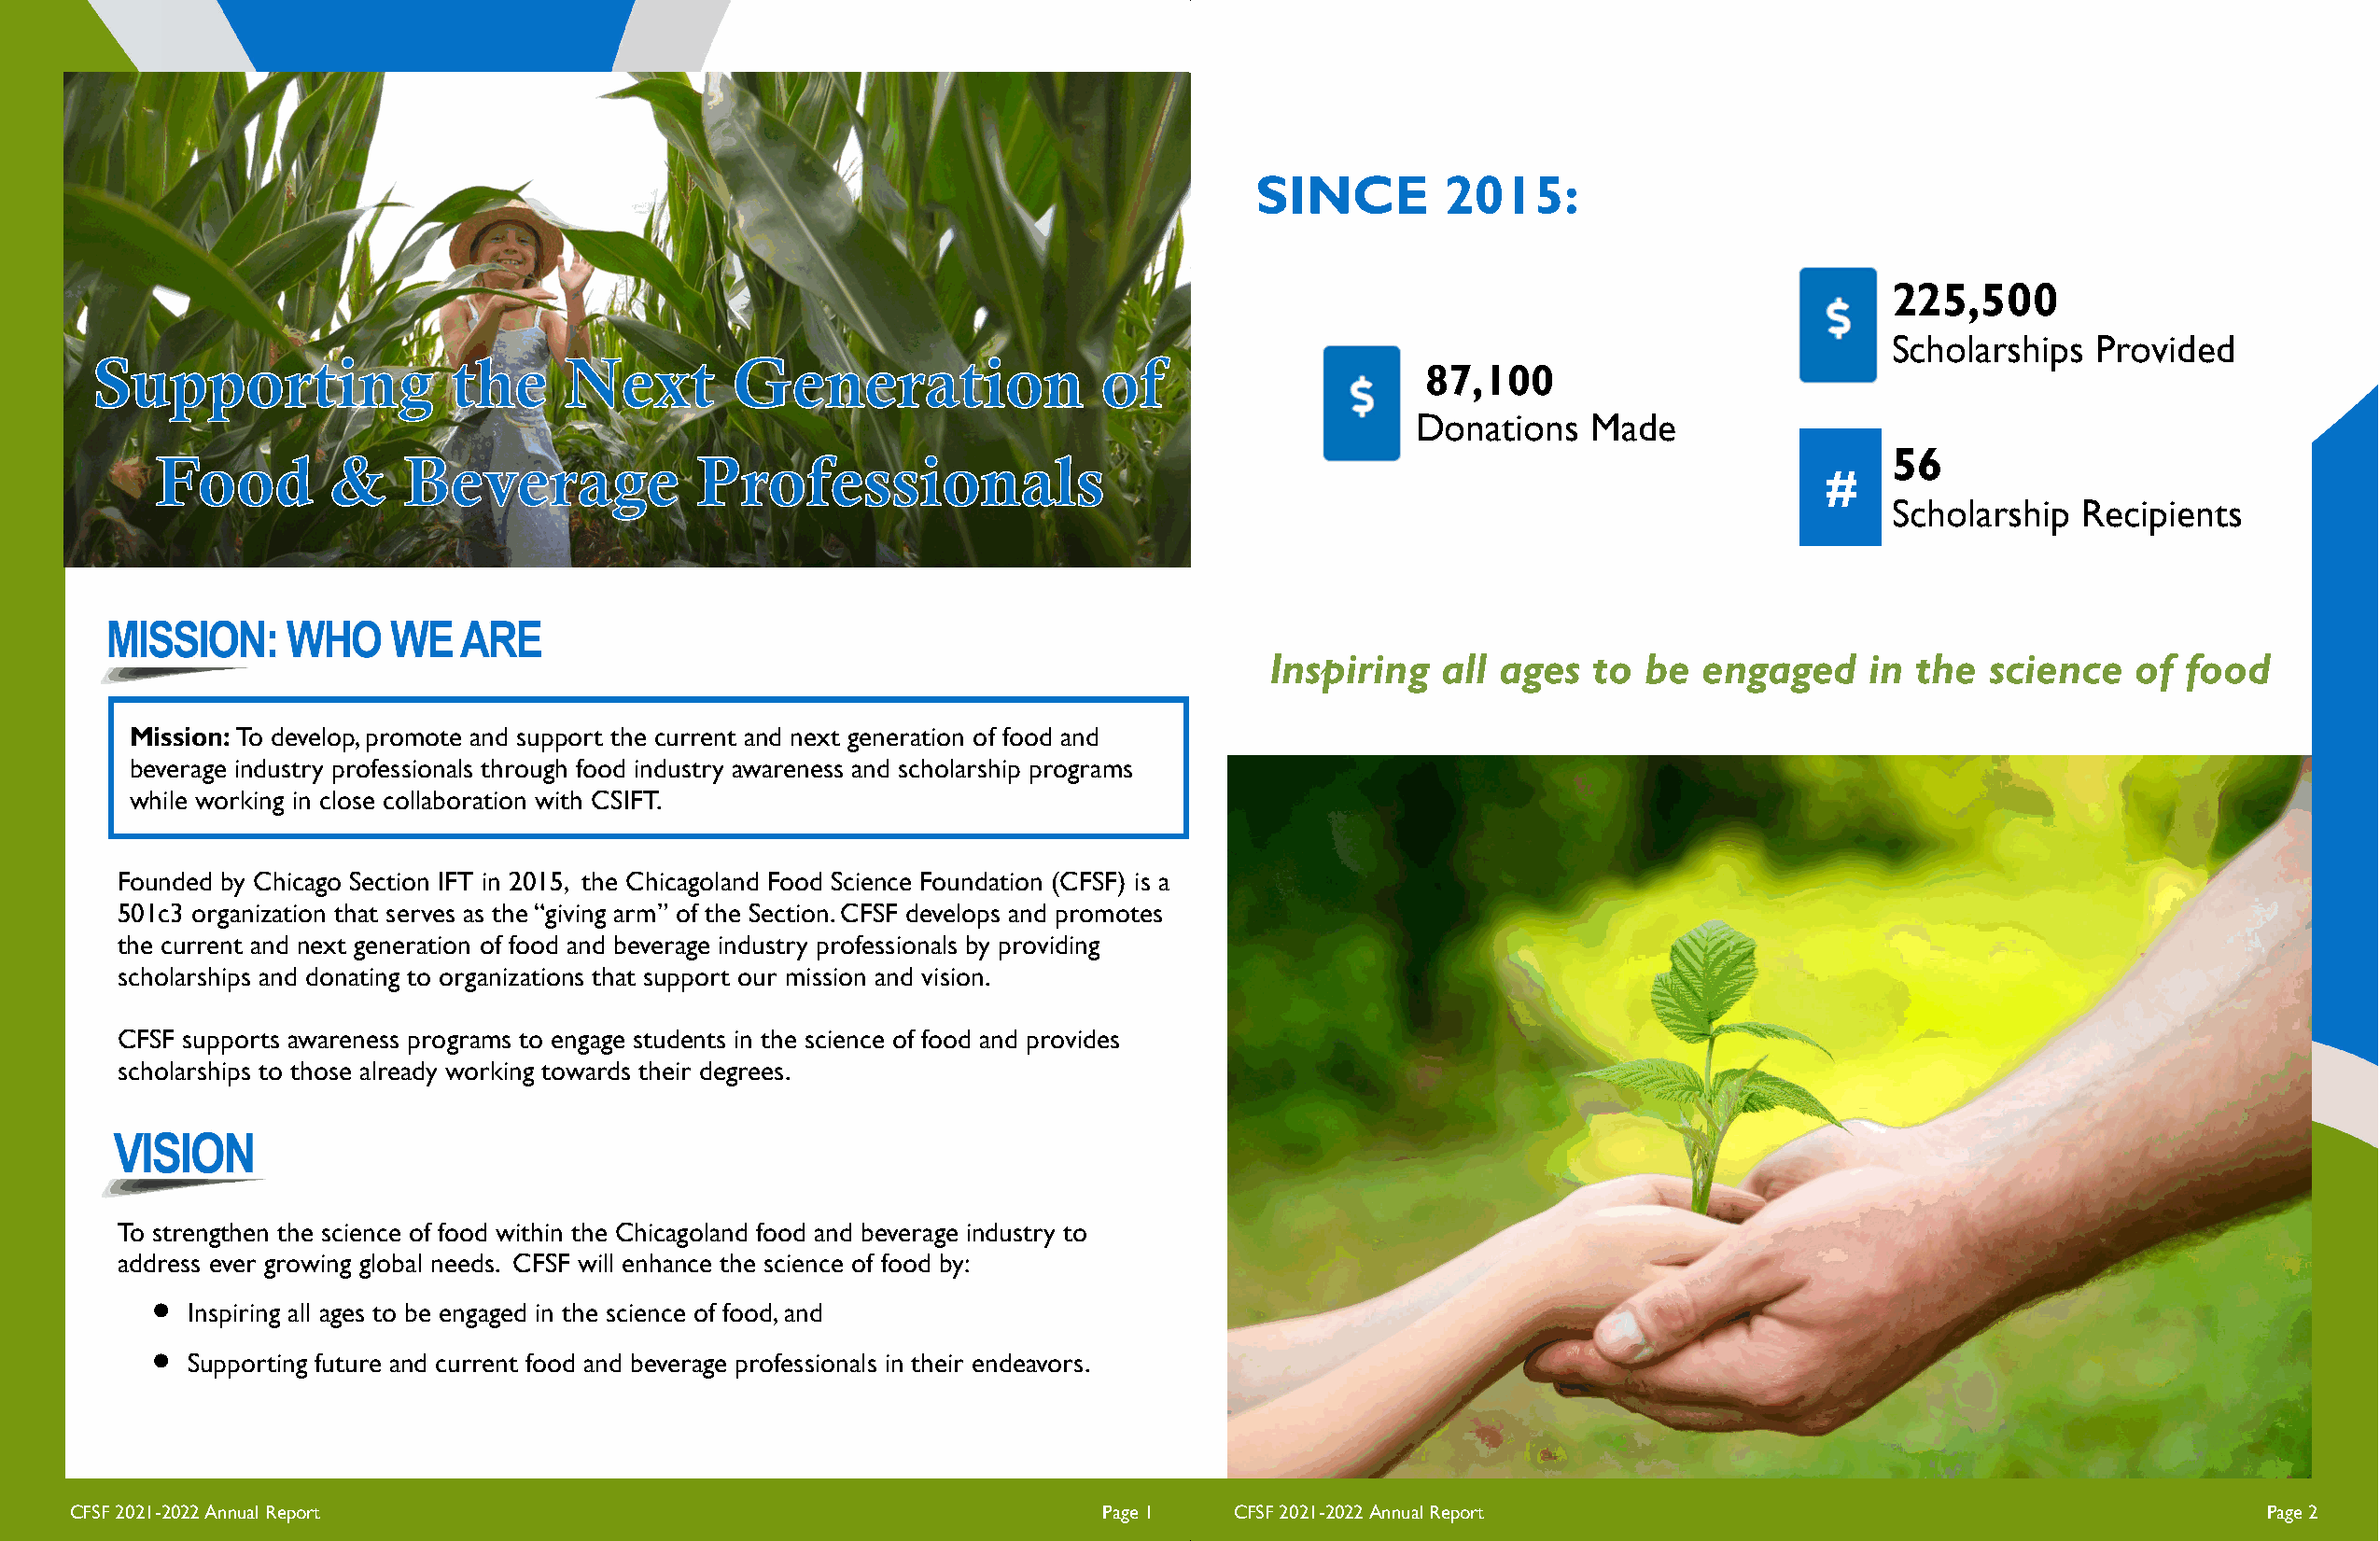
SINCE        2015:
 225,500
 Scholarships   Provided
 87,100
 Donations    Made
 56
 #
 Scholarship   Recipients
 Inspiring   all ages   to  be  engaged     in the  science   of  food
 Mission: To develop, promote and support the current and next generation of food and
 beverage industry professionals through food industry awareness and scholarship programs
 while working in close collaboration with CSIFT.
 Founded by Chicago Section IFT in 2015, the Chicagoland Food Science Foundation (CFSF) is a
 501c3 organization that serves as the “giving arm” of the Section. CFSF develops and promotes
 the current and next generation of food and beverage industry professionals by providing
 scholarships and donating to organizations that support our mission and vision.
 CFSF supports awareness programs to engage students in the science of food and provides
 scholarships to those already working towards their degrees.
 To strengthen the science of food within the Chicagoland food and beverage industry to
 address ever growing global needs. CFSF will enhance the science of food by:
 
 Inspiring all ages to be engaged in the science of food, and
 
 Supporting future and current food and beverage professionals in their endeavors.
 CFSF 2021-2022 Annual Report                                             Page 1    CFSF 2021-2022 Annual Report                                             Page 2